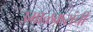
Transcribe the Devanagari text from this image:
उमाळकरांची